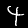
Digit: 4